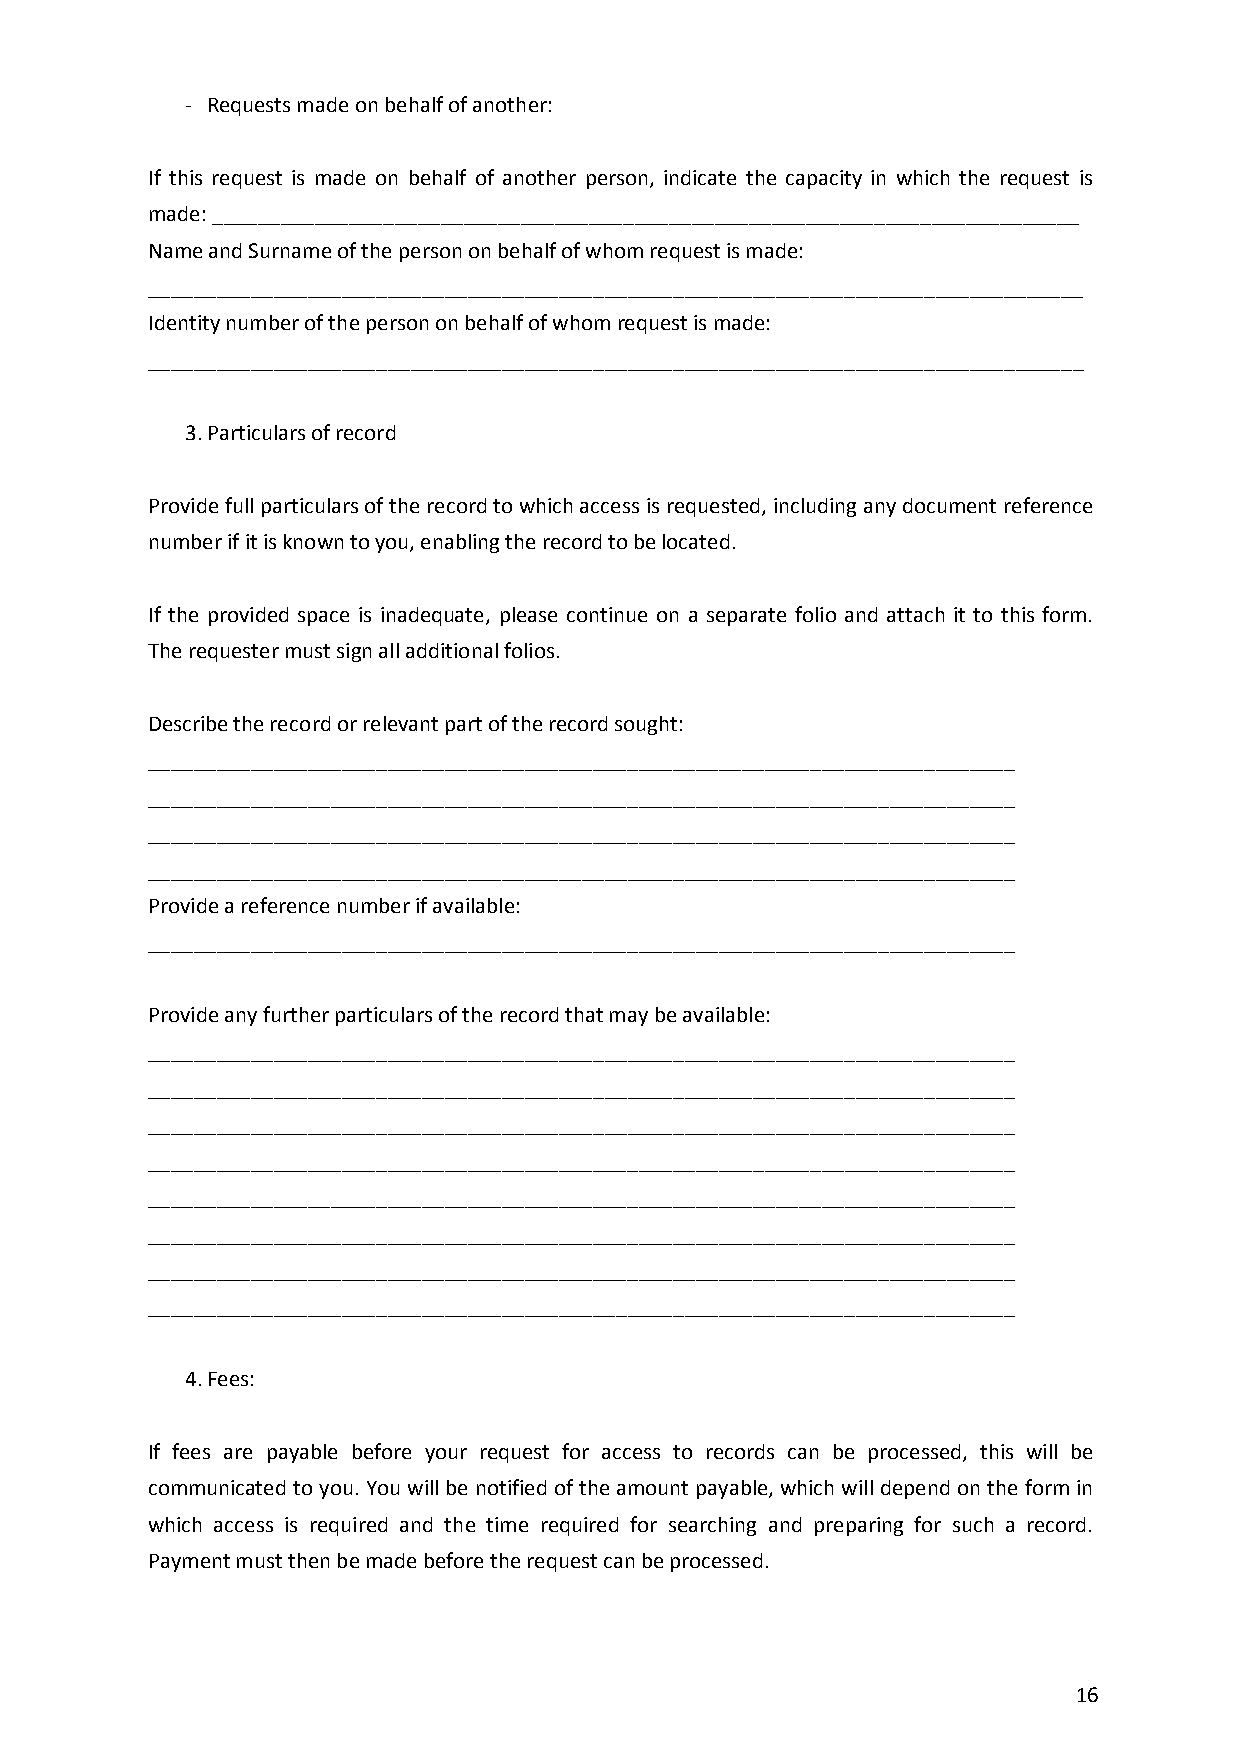
- Requests made on behalf of another:
 If this request is made on behalf of another person, indicate the capacity in which the request is
 made: ____________________________________________________________________________
 Name and Surname of the person on behalf of whom request is made:
 __________________________________________________________________________________
 Identity number of the person on behalf of whom request is made:
 __________________________________________________________________________________
 3. Particulars of record
 Provide full particulars of the record to which access is requested, including any document reference
 number if it is known to you, enabling the record to be located.
 If the provided space is inadequate, please continue on a separate folio and attach it to this form.
 The requester must sign all additional folios.
 Describe the record or relevant part of the record sought:
 ____________________________________________________________________________
 ____________________________________________________________________________
 ____________________________________________________________________________
 ____________________________________________________________________________
 Provide a reference number if available:
 ____________________________________________________________________________
 Provide any further particulars of the record that may be available:
 ____________________________________________________________________________
 ____________________________________________________________________________
 ____________________________________________________________________________
 ____________________________________________________________________________
 ____________________________________________________________________________
 ____________________________________________________________________________
 ____________________________________________________________________________
 ____________________________________________________________________________
 4. Fees:
 If fees are payable before your request for access to records can be processed, this will be
 communicated to you. You will be notified of the amount payable, which will depend on the form in
 which access is required and the time required for searching and preparing for such a record.
 Payment must then be made before the request can be processed.
 16